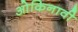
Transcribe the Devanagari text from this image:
ओकिनावी